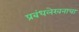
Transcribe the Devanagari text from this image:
प्रबंधलेखनाचा